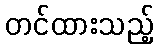
တင်ထားသည့်